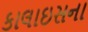
કાલાઇસના